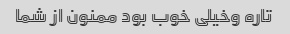
تاره وخیلی خوب بود ممنون از شما